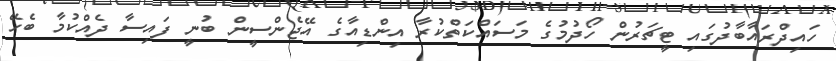
ހައިދްރައާބާދުގައި ޓީޗަރުން ހޯދުމުގެ މަސައްކަތްކުރާ އިންޑިއާގެ އޭޖެންސީން ބުނީ ފައިސާ ދެއްކުމާ ބެހޭ